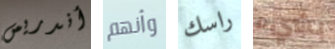
أندريس وأنهم راسك بشيء